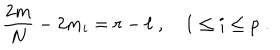
{ \frac { 2 m } { N } } - 2 m _ { i } = r - \ell \; , \quad 1 \leq i \leq p \; .